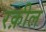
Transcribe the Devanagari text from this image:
रक़ील